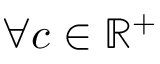
\forall c \in \mathbb { R } ^ { + }